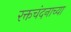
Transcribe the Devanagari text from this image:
रक्तचंदनाच्या